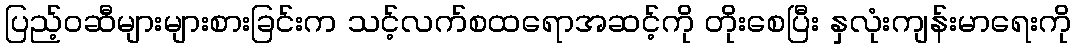
ပြည့်ဝဆီများများစားခြင်းက သင့်လက်စထရောအဆင့်ကို တိုးစေပြီး နှလုံးကျန်းမာရေးကို